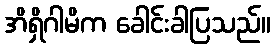
အိရှိဂါမိက ခေါင်းခါပြသည်။